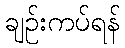
ချဉ်းကပ်ရန်